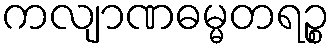
ကလျာဏဓမ္မတရဉ္စ